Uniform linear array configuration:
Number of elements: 8
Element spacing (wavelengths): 0.75
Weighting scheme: hamming
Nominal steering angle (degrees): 0
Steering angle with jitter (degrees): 1.475
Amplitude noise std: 0.05
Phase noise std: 0.05

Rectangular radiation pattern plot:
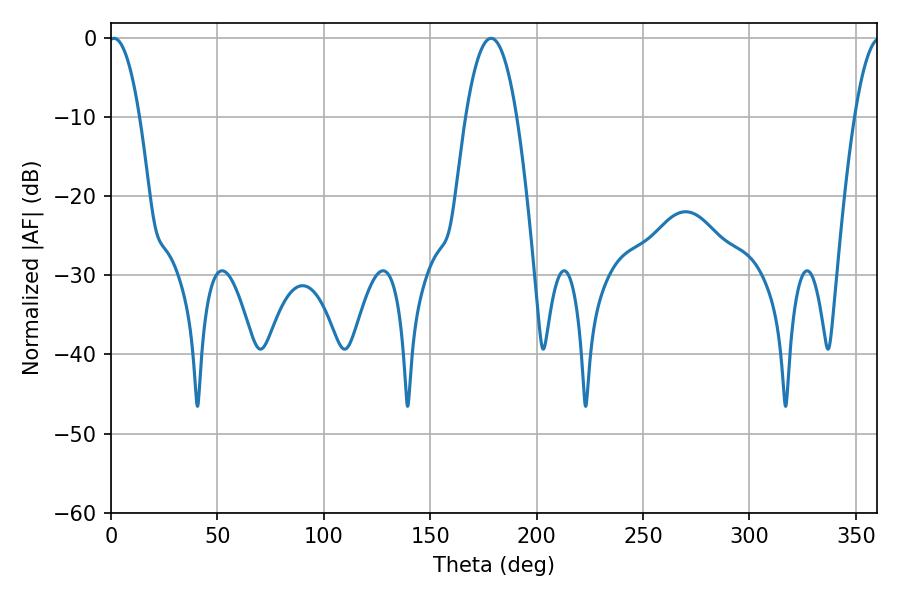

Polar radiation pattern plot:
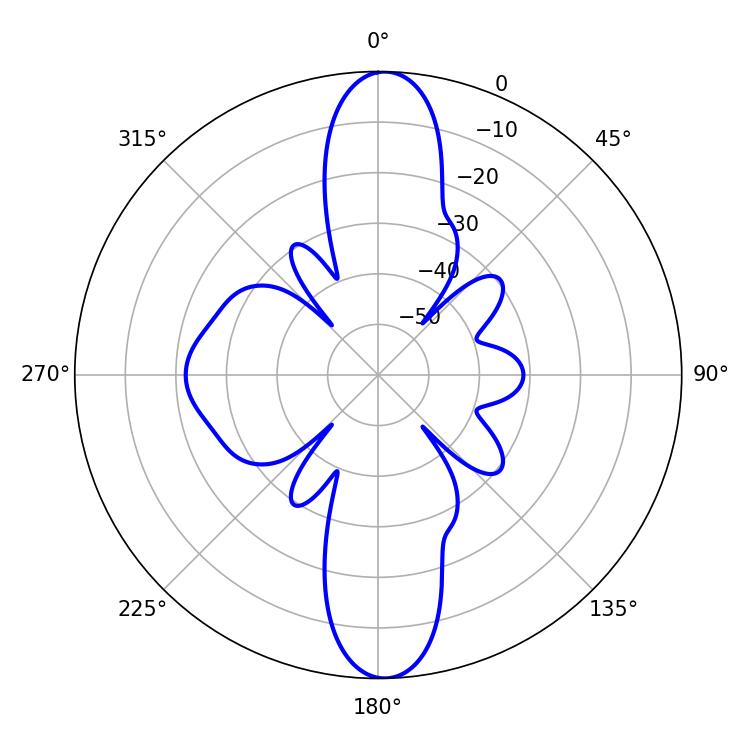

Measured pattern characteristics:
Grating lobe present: TRUE
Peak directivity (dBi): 23.611
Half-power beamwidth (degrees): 13.14
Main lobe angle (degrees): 178.56